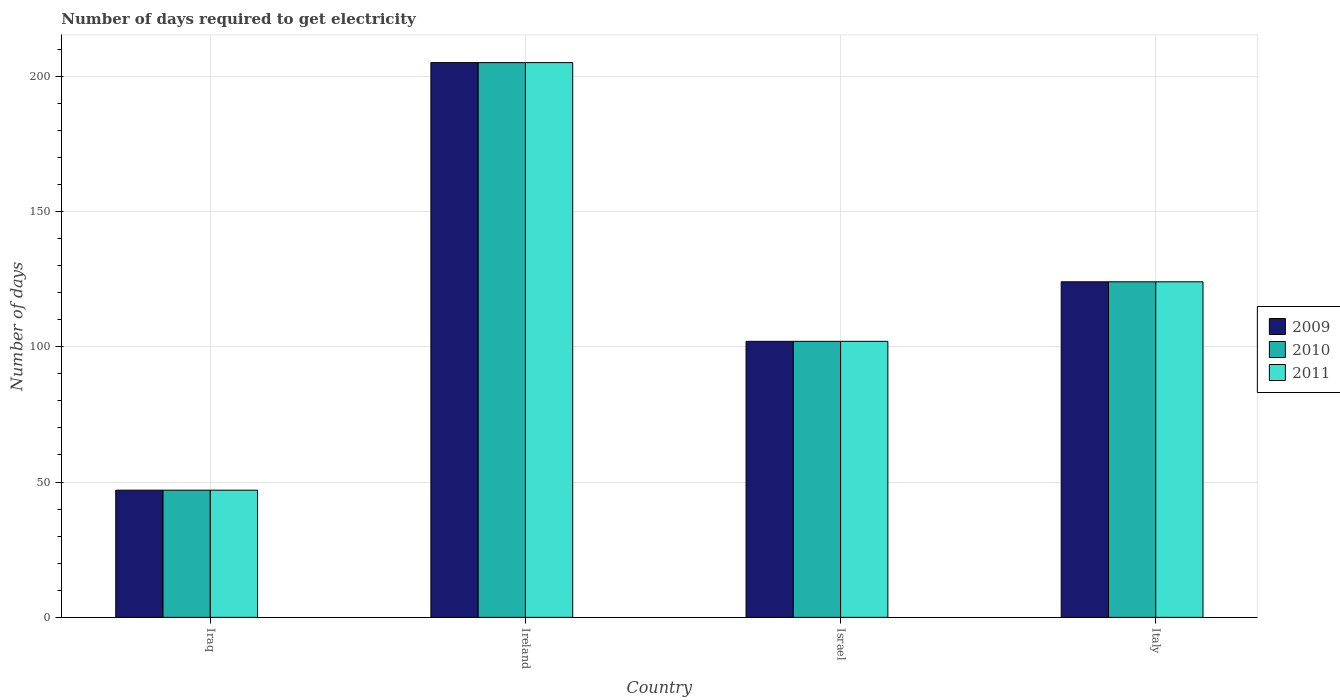
| Country | 2009 | 2010 | 2011 |
 | --- | --- | --- | --- |
 | Iraq | 47 | 47 | 47 |
 | Ireland | 205 | 205 | 205 |
 | Israel | 102 | 102 | 102 |
 | Italy | 124 | 124 | 124 |